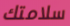
سلامتك